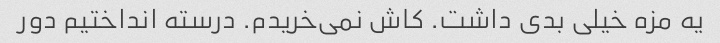
یه مزه خیلی بدی داشت. کاش نمی‌خریدم. درسته انداختیم دور